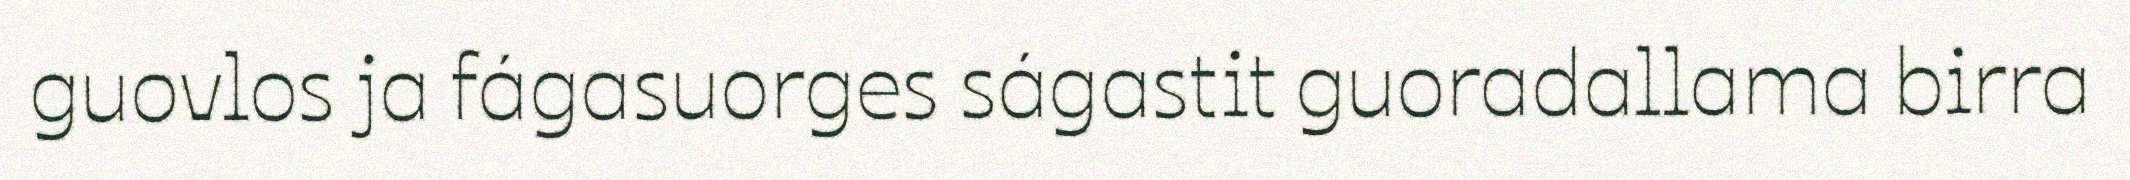
guovlos ja fágasuorges ságastit guoradallama birra